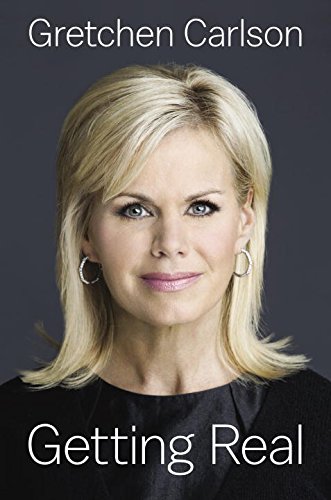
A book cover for Getting Real; Gretchen Carlson; Biographies & Memoirs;